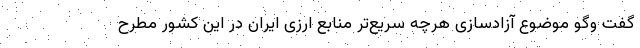
گفت وگو موضوع آزادسازی هرچه سریع‌تر منابع ارزی ایران در این کشور مطرح